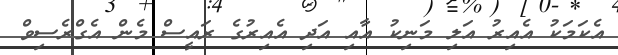
އެކަމަކު އެއިރު އަލި މަނިކު އާއި އަދި އެއިރުގެ ރައީސް މެން އެގްރެސިވް